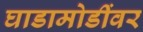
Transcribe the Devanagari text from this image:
घाडामोडींवर